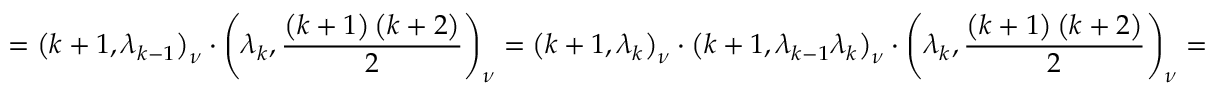
= \left( k + 1 , \lambda _ { k - 1 } \right) _ { \nu } \cdot \left( \lambda _ { k } , \frac { \left( k + 1 \right) \left( k + 2 \right) } { 2 } \right) _ { \nu } = \left( k + 1 , \lambda _ { k } \right) _ { \nu } \cdot \left( k + 1 , \lambda _ { k - 1 } \lambda _ { k } \right) _ { \nu } \cdot \left( \lambda _ { k } , \frac { \left( k + 1 \right) \left( k + 2 \right) } { 2 } \right) _ { \nu } =